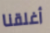
أغلقنا